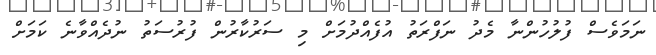
ނަމަވެސް ފުލުހުންނާ މެދު ނަފްރަތު އުފެއްދުމަށް މި ސަރުކާރުން ފުރުސަތު ނުދެއްވާނެ ކަމަށް